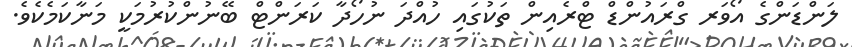
ލަންޑަންގެ އޯވަރ ގްރައުންޑް ޓްރެއިން ތަކުގައި ހުއްދަ ނުހޯދާ ކަރަންޓް ބޭނުންކުރުމަކީ މަނާކަމެކެވެ.